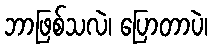
ဘာဖြစ်သလဲ၊ ပြောတာပဲ၊